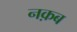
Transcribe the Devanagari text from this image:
नक़ब